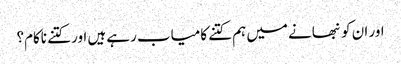
اور ان کو نبھانے میں ہم کتنے کامیاب رہے ہیں اور کتنے ناکام؟